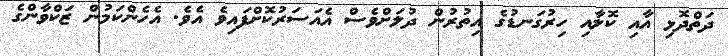
ދަތްދޮޅި އާއި ކޮލާއި ހިރުގަނޑުގެ އިތުރުން ދުލަށްވެސް އެއަސަރުކޮށްފައިވެ އެވެ. އެހެންކަމުން ޒަކްވާންގެ